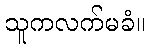
သူကလက်မခံ။